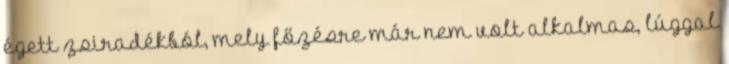
égett zsiradékból, mely főzésre már nem volt alkalmas, lúggal